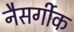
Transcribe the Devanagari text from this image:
नैसर्गीक